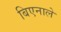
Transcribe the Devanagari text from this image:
बिएनाले